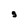
Character: s